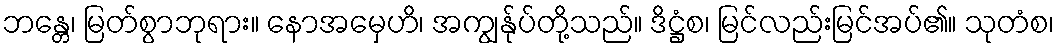
ဘန္တေ၊ မြတ်စွာဘုရား။ နောအမှေဟိ၊ အကျွန်ုပ်တို့သည်။ ဒိဋ္ဌံစ၊ မြင်လည်းမြင်အပ်၏။ သုတံစ၊